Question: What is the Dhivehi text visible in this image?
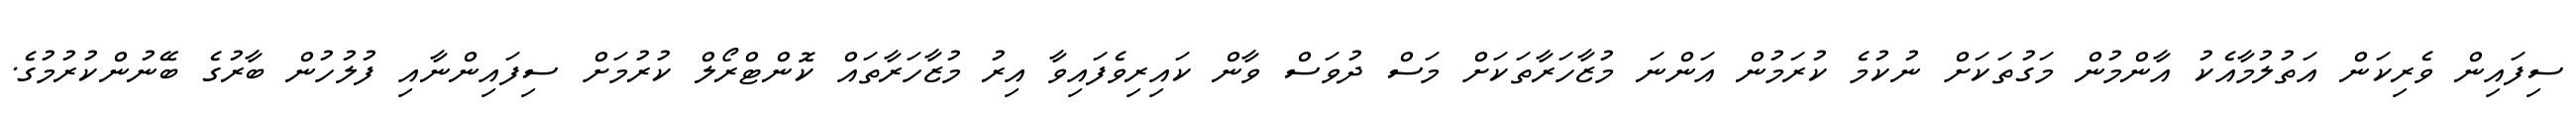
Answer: ސިފައިން ވެރިކަން އަތުލުމާއެކު އާންމުން މަގުތަކަށް ނުކުމެ ކުރަމުން އަންނަ މުޒާހަރާތަކަށް މަސް ދުވަސް ވާން ކައިރިވެފައިވާ އިރު މުޒާހަރާތައް ކޮންޓްރޯލް ކުރުމަށް ސިފައިންނާއި ފުލުހުން ބާރުގެ ބޭނުންކުރުމުގެ.